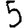
Digit: 5